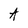
Character: A